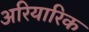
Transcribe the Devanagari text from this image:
अरियारिक